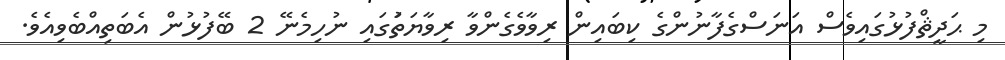
މި ޙަދީޘްފުޅުގައިވެސް އަނަސްގެފާނުންގެ ކިބައިން ރިވާވެގެންވާ ރިވާޔަތުަގައި ނުހިމެނޭ 2 ބޭފުޅުން އެބަތިއްބެވިއެވެ.